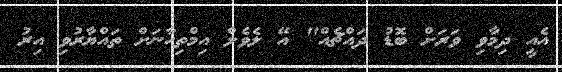
އެއީ ދިމާވި ވަރަށް ބޮޑު ދައްޗެއް" އޭ ލެވެލް އިމްތިހާނަށް ތައްޔާރުވި އިރު